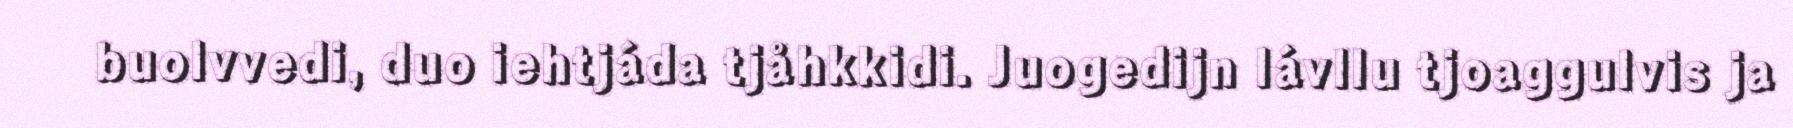
buolvvedi, duo iehtjáda tjåhkkidi. Juogedijn lávllu tjoaggulvis ja